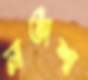
নাতাশা